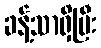
ခန့်သာရှိပြီး